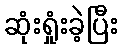
ဆုံးရှုံးခဲ့ပြီး